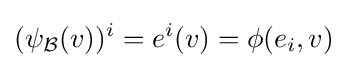
(\psi _{\mathcal {B}}(v))^{i}=e^{i}(v)=\phi (e_{i},v)